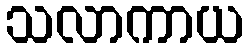
သလာကာယ